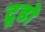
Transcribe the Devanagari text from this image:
टूडो